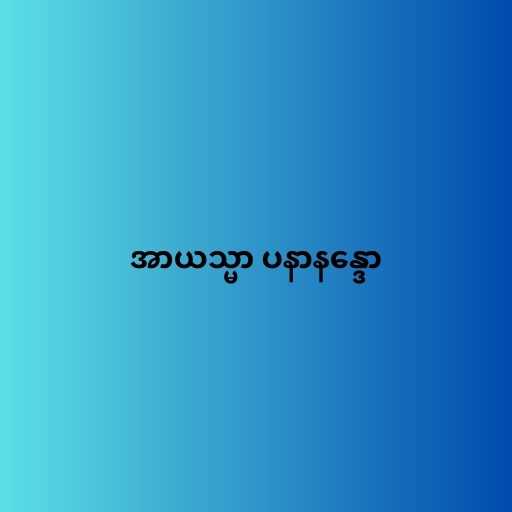
အာယသ္မာ ပနာနန္ဒော